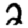
Digit: 2